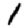
Digit: 1